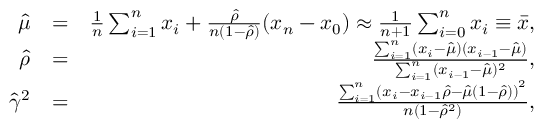
\begin{array} { r l r } { \hat { \mu } } & { = } & { \frac { 1 } { n } \sum _ { i = 1 } ^ { n } x _ { i } + \frac { \hat { \rho } } { n ( 1 - \hat { \rho } ) } ( x _ { n } - x _ { 0 } ) \approx \frac { 1 } { n + 1 } \sum _ { i = 0 } ^ { n } x _ { i } \equiv \bar { x } , } \\ { \hat { \rho } } & { = } & { \frac { \sum _ { i = 1 } ^ { n } ( x _ { i } - \hat { \mu } ) ( x _ { i - 1 } - \hat { \mu } ) } { \sum _ { i = 1 } ^ { n } ( x _ { i - 1 } - \hat { \mu } ) ^ { 2 } } , } \\ { \hat { \gamma } ^ { 2 } } & { = } & { \frac { { \sum _ { i = 1 } ^ { n } \left( x _ { i } - x _ { i - 1 } \hat { \rho } - \hat { \mu } ( 1 - \hat { \rho } ) \right) ^ { 2 } } } { { n \left( 1 - \hat { \rho } ^ { 2 } \right) } } , } \end{array}